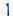
1